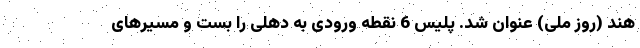
هند (روز ملی) عنوان شد. پلیس 6 نقطه ورودی به دهلی را بست و مسیرهای